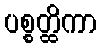
ပစ္စတ္ထိကာ